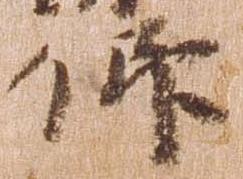
仰